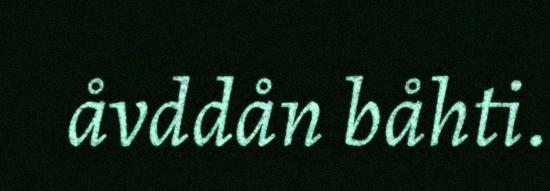
åvddån båhti.